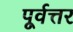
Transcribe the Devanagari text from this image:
पूर्वत्तर